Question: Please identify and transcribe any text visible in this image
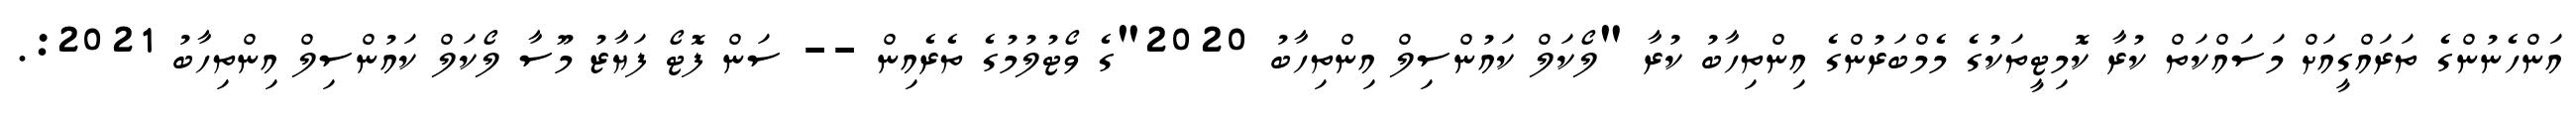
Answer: އަންހެނުންގެ ތަރައްގީއަށް މަސައްކަތް ކުރާ ކޮމިޓީތަކުގެ މެމްބަރުންގެ އިންތިހާބު ކުރާ "ލޯކަލް ކައުންސިލް އިންތިހާބު 2020"ގެ ވޯޓުލުމުގެ ތެރެއިން -- ސަން ފޮޓޯ ފަޔާޒު މޫސާ ލޯކަލް ކައުންސިލް އިންތިހާބު 2021:.